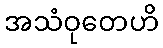
အသံဝုတေဟိ